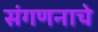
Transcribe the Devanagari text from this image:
संगणनाचे